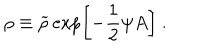
\rho \equiv { \widetilde \rho } \exp \left[ - { \frac { 1 } { 2 } } \psi A \right] ~ .